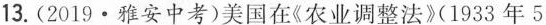
13.(2019·雅安中考)美国在《农业调整法》(1933年5